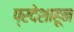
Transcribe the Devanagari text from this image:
प्रदेशाहून